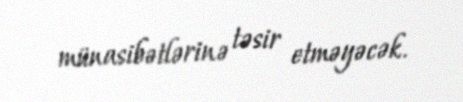
münasibətlərinə təsir etməyəcək.